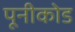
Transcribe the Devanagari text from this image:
पूनीकोड